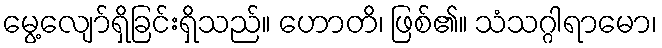
မွေ့လျော်ရှိခြင်းရှိသည်။ ဟောတိ၊ ဖြစ်၏။ သံသဂ္ဂါရာမော၊